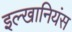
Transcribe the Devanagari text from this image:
इल्खानियंस